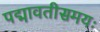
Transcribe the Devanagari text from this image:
पद्मावतीसमयः